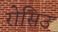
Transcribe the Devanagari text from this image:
रोसिउ